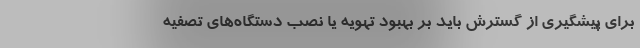
برای پیشگیری از گسترش باید بر بهبود تهویه یا نصب دستگاه‌های تصفیه